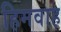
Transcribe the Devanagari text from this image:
हिमवाह